King Institute of Preventive Medicine Micro-Biological Section reports 1912-19
Year: 1912
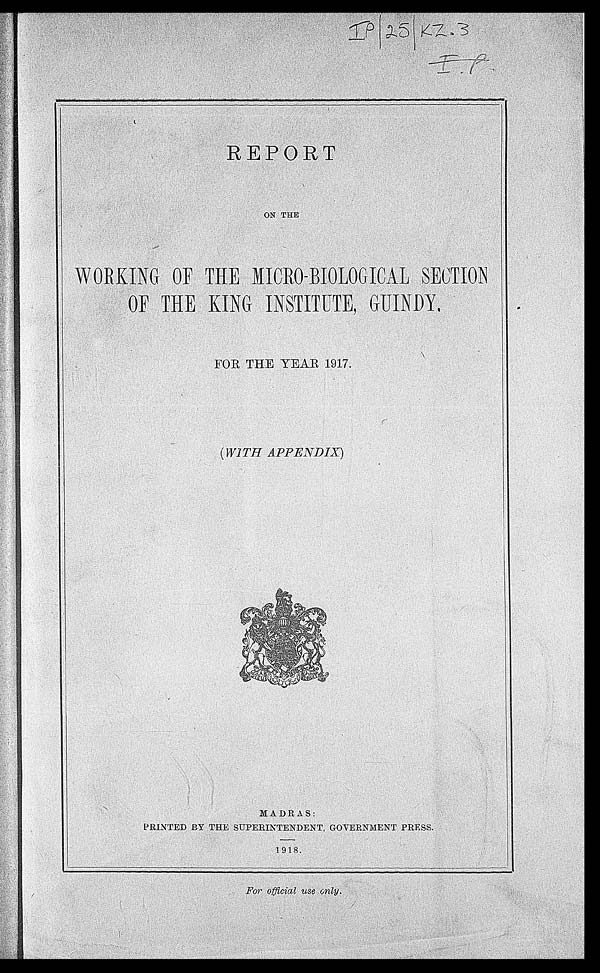
REPORT
ON THE
WORKING OF THE MICRO-BIOLOGICAL SECTION
OF THE INSTITUTE, G
U I N D Y .
FOR THE YEAR 1917.
( WITH APPENDIX)
MADRAS:
PRINTED BY THE SUPERINTENDENT, GOVERNMENT PRESS.
1918.
For official use only.